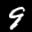
Label: 9